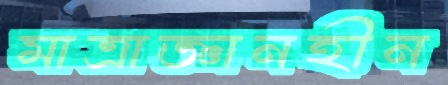
মাত্রাজ্ঞানহীন